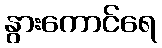
နွားကောင်ရေ